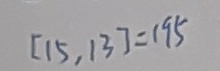
[ 1 5 , 1 3 ] = 1 9 5